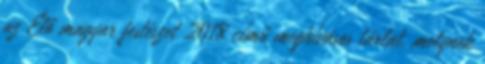
az Élő magyar festészet 2018 című meghívásos tárlat, melynek